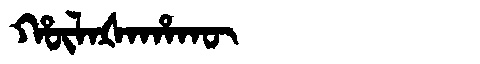
Manchu: ᡥᡡᠯᠠᡧᠠᡥᠠᡴᡡ
Romanization: HŪLAŠAHAKŪ